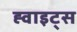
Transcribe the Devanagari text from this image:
ह्वाइट्स